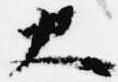
大